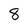
Character: 8